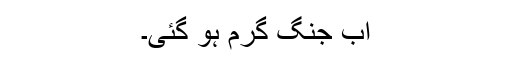
اب جنگ گرم ہو گئی۔